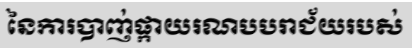
នៃការបាញ់ផ្កាយរណបបរាជ័យរបស់